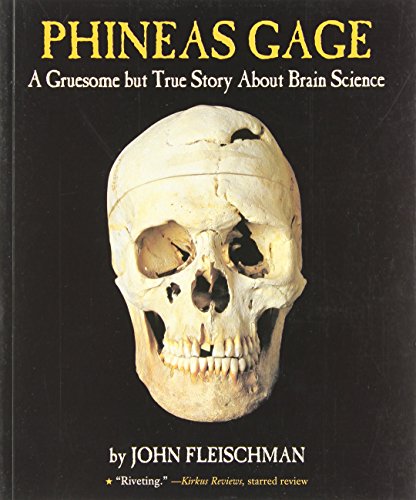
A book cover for Phineas Gage: A Gruesome but True Story About Brain Science; John Fleischman; Children's Books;